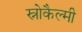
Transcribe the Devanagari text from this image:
स्नोकैल्मी